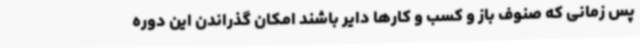
پس زمانی که صنوف باز و کسب و کارها دایر باشند امکان گذراندن این دوره